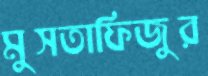
মুসতাফিজুর